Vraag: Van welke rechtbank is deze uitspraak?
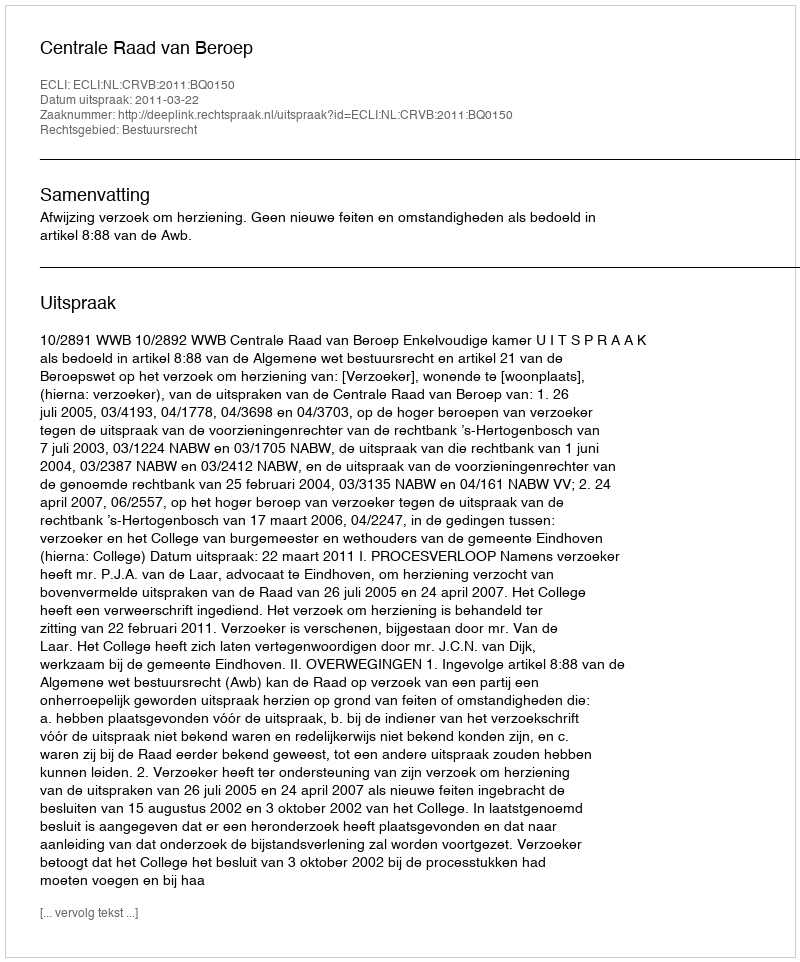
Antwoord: Centrale Raad van Beroep